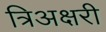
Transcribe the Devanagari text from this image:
त्रिअक्षरी